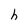
Character: h